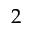
2